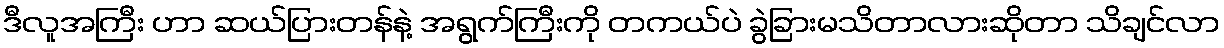
ဒီလူအကြီး ဟာ ဆယ်ပြားတန်နဲ့ အရွက်ကြီးကို တကယ်ပဲ ခွဲခြားမသိတာလားဆိုတာ သိချင်လာ